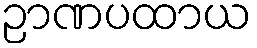
ဉာဏပထာယ